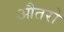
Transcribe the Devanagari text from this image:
औतरो